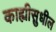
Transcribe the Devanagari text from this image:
काह्यीसुधील